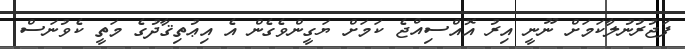
ފަޖުރުނުލާކަމަށް ނޫނީ އިރު އޮއްސިއްޖެ ކަމަށް ޔަގީންވެގެން އެ އިޢުތިޤާދުގެ މަތީ ކެވުނަސްް